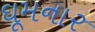
ઘૂમનાર